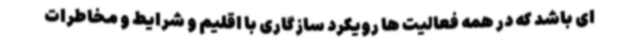
ای باشد که در همه فعالیت ها رویکرد سازگاری با اقلیم و شرایط و مخاطرات